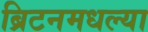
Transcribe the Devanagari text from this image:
ब्रिटनमधल्या